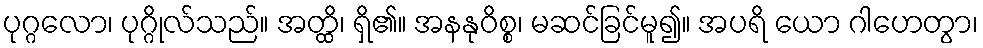
ပုဂ္ဂလော၊ ပုဂ္ဂိုလ်သည်။ အတ္ထိ၊ ရှိ၏။ အနနုဝိစ္စ၊ မဆင်ခြင်မူ၍။ အပရိ ယော ဂါဟေတွာ၊